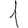
Digit: 1